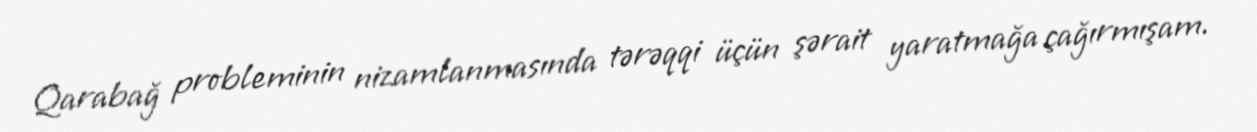
Qarabağ probleminin nizamlanmasında tərəqqi üçün şərait yaratmağa çağırmışam.